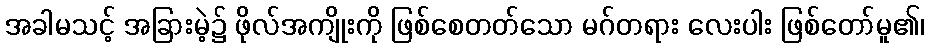
အခါမသင့် အခြားမဲ့၌ ဖိုလ်အကျိုးကို ဖြစ်စေတတ်သော မဂ်တရား လေးပါး ဖြစ်တော်မူ၏၊